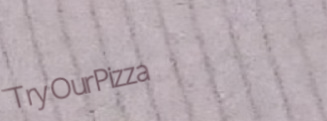
TryOurPizza